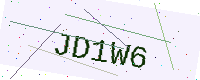
Text: JD1W6